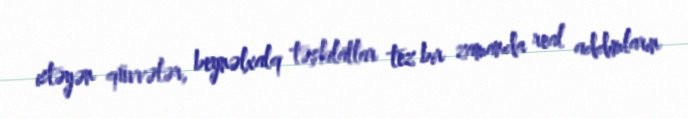
istəyən qüvvələr, beynəlxalq təşkilatlar tez bir zamanda real addımların